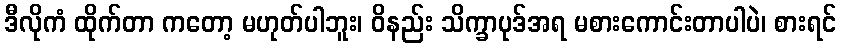
ဒီလိုကံ ထိုက်တာ ကတော့ မဟုတ်ပါဘူး၊ ဝိနည်း သိက္ခာပုဒ်အရ မစားကောင်းတာပါပဲ၊ စားရင်